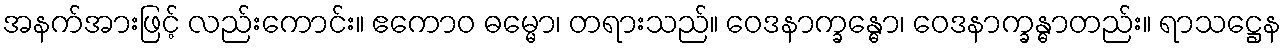
အနက်အားဖြင့် လည်းကောင်း။ ဧကောဝ ဓမ္မော၊ တရားသည်။ ဝေဒနာက္ခန္ဓော၊ ဝေဒနာက္ခန္ဓာတည်း။ ရာသဋ္ဌေန